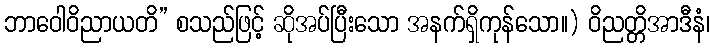
ဘာဝေါဝိညာယတိ” စသည်ဖြင့် ဆိုအပ်ပြီးသော အနက်ရှိကုန်သော။) ဝိညတ္တိအာဒီနံ၊